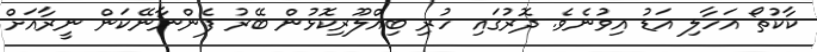
ކާކުތޯ އަހާލި އަޑު އިވުނެވެ. ދޮރުގައި ހުރި ބިއްލޫރިކޮޅުން ބޭރު ފެންނާނޭކަން ނީރާއަށް